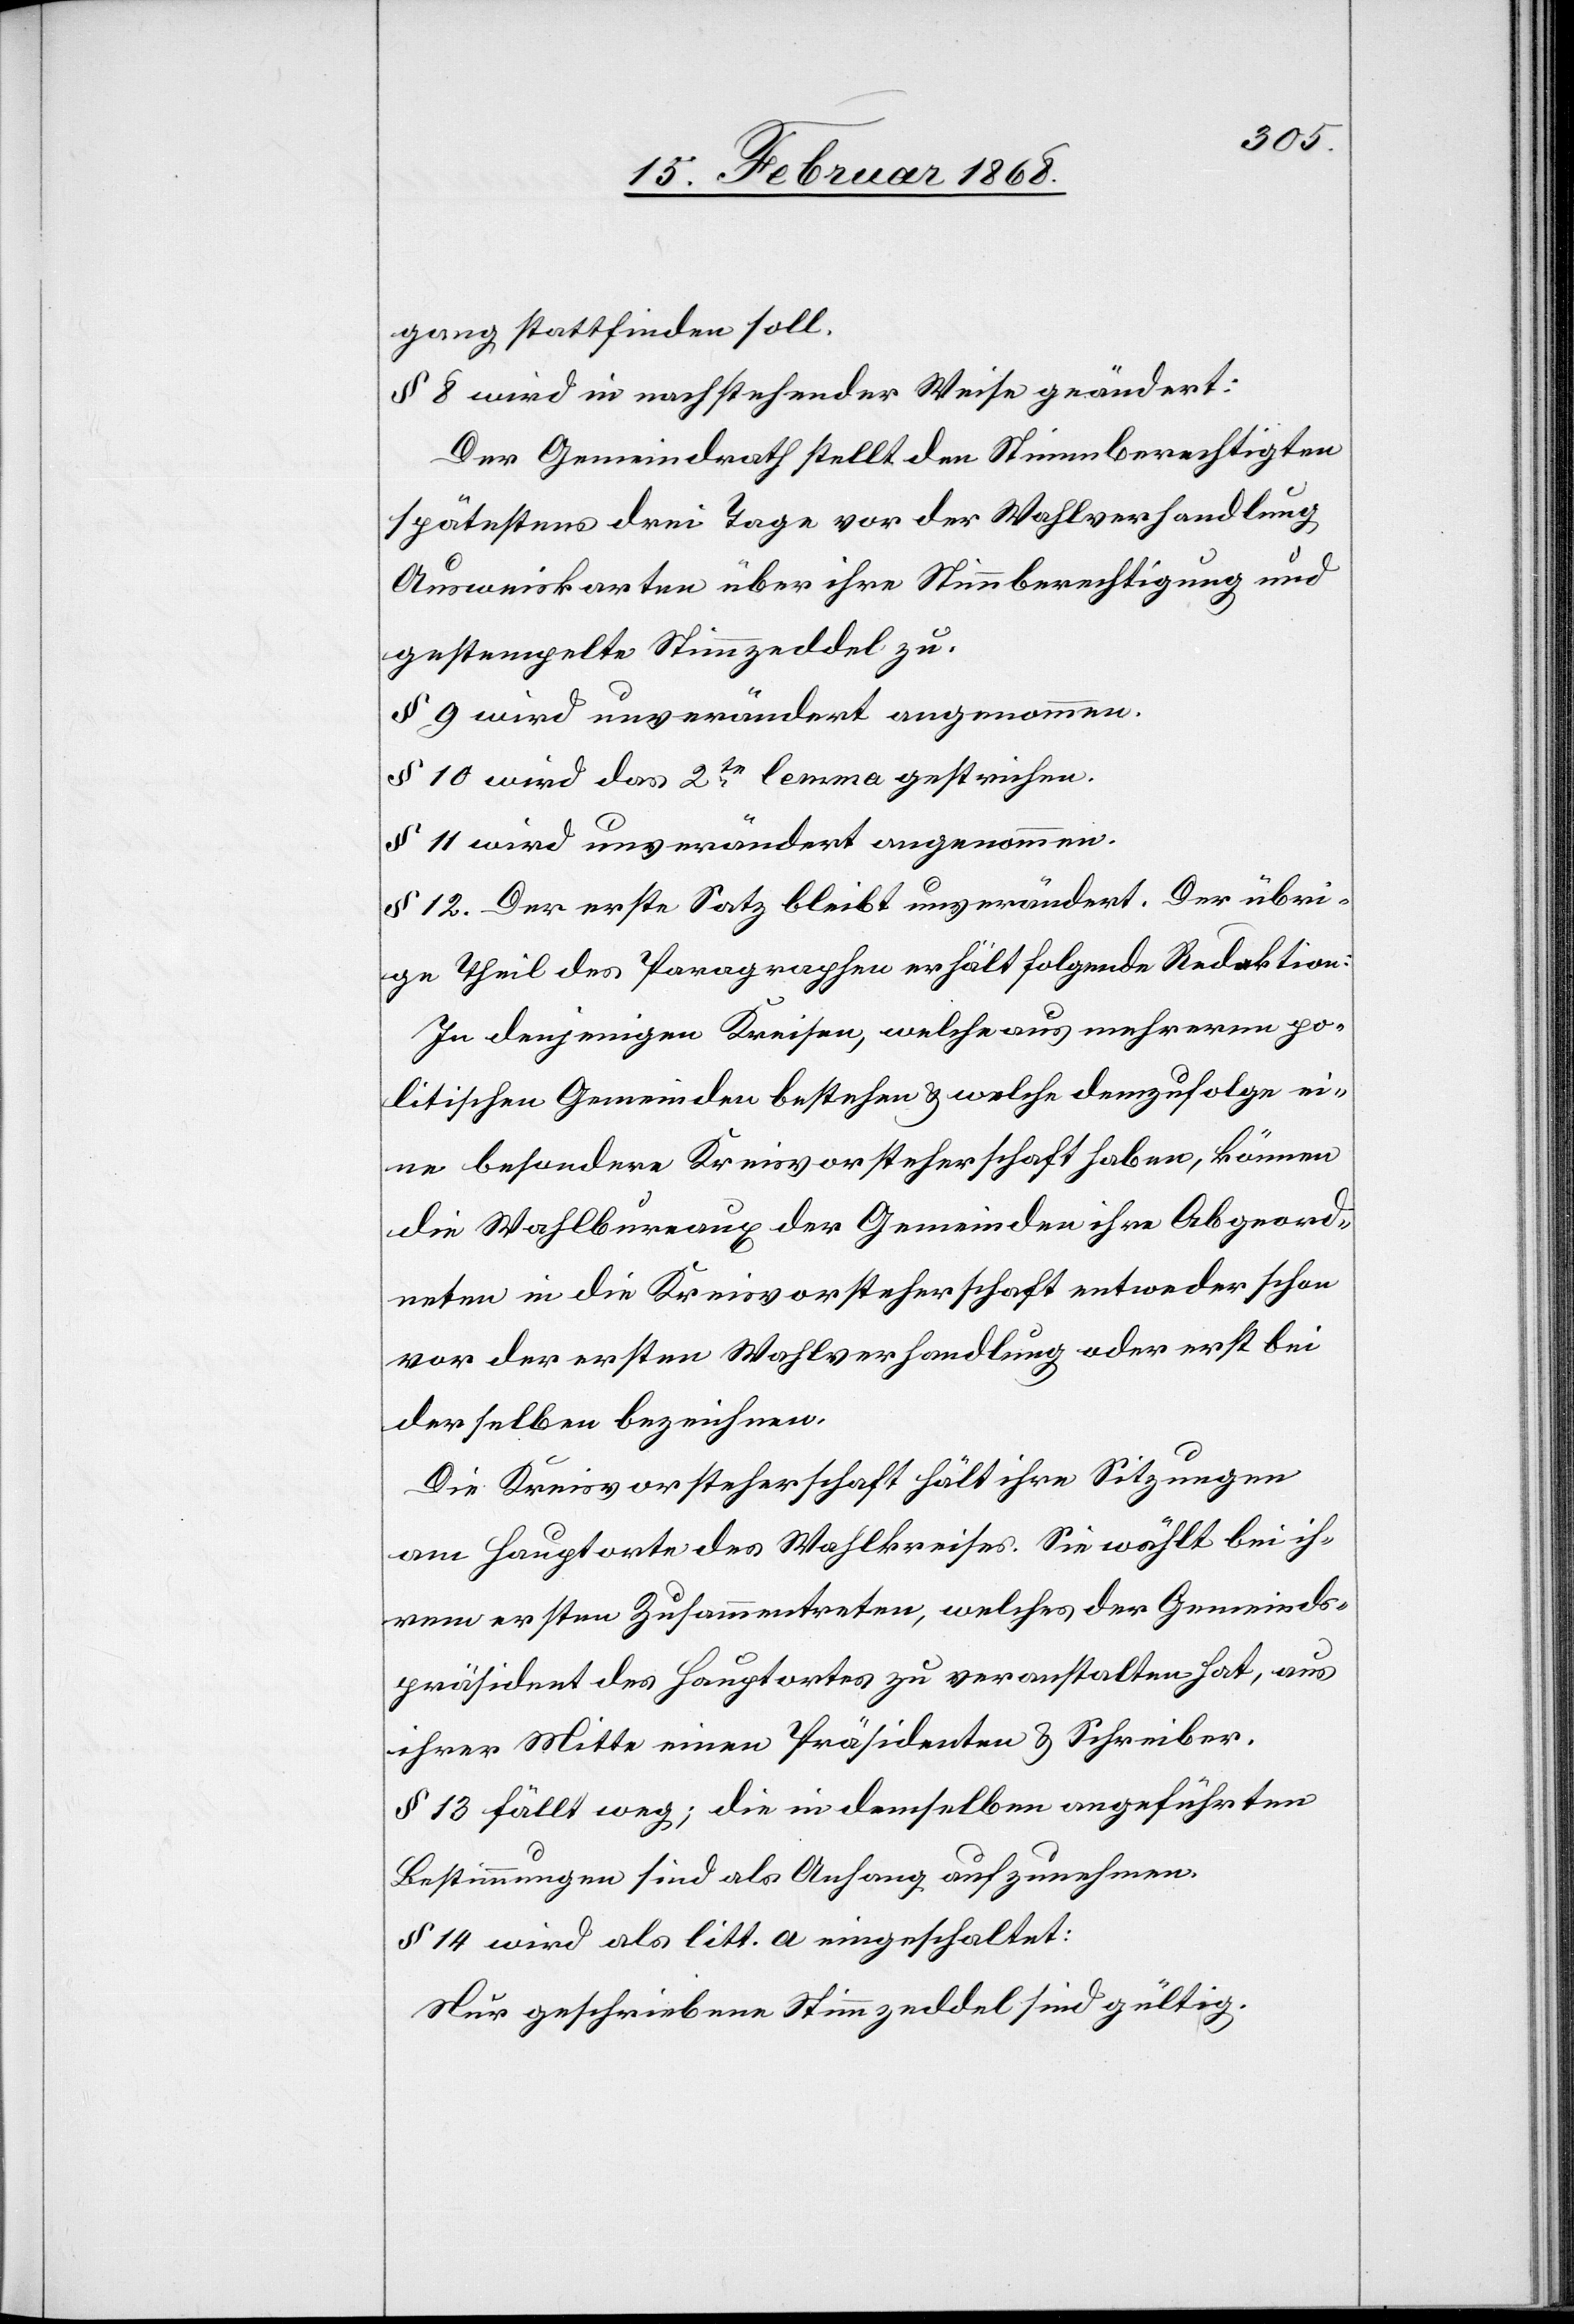
gang stattfinden soll.
§ 8 wird in nachstehender Weise geändert:
Der Gemeindrath stellt den Stimmberechtigten
spätestens drei Tage vor der Wahlverhandlung
Ausweiskarten über ihre Stimmberechtigung und
gestempelte Stimmzeddel zu.
§ 9 wird unverändert angenommen.
§ 10 wird das 2te. lemma gestrichen.
§ 11 wird unverändert angenommen.
§ 12. Der erste Satz bleibt unverändert. Der übri¬
ge Theil des Paragraphen erhält folgende Redaktion:
In denjenigen Kreisen, welche aus mehreren po¬
litischen Gemeinden bestehen & welche demzufolge ei¬
ne besondere Kreisvorsteherschaft haben, können
die Wahlbureaux der Gemeinden ihre Abgeord¬
neten in die Kreisvorsteherschaft entweder schon
vor der ersten Wahlverhandlung oder erst bei
derselben bezeichnen.
Die Kreisvorsteherschaft hält ihre Sitzungen
am Hauptorte des Wahlkreises. Sie wählt bei ih¬
rem ersten Zusammentreten, welches der Gemeinds¬
präsident des Hauptortes zu veranstalten hat, aus
ihrer Mitte einen Präsidenten & Schreiber.
§ 13 fällt weg; die in demselben angeführten
Bestimmungen sind als Anhang aufzunehmen.
§ 14 wird als litt. a eingeschaltet:
Nur geschriebene Stimmzeddel sind gültig.